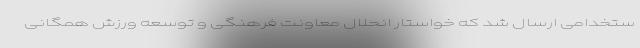
ستخدامی ارسال شد که خواستار انحلال معاونت فرهنگی و توسعه ورزش همگانی